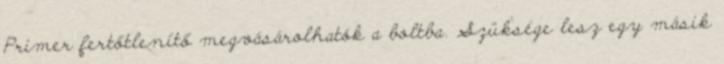
Primer fertőtlenítő megvásárolhatók a boltba. Szüksége lesz egy másik